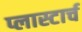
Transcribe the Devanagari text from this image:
प्लास्टार्च